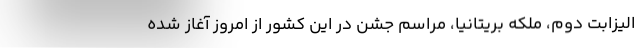
الیزابت دوم، ملکه بریتانیا، مراسم جشن در این کشور از امروز آغاز شده